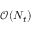
\mathcal { O } ( N _ { t } )